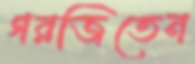
গরজিতেন